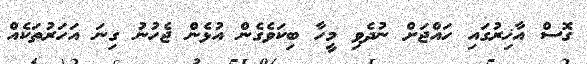
ގޮސް އާޚިރުގައި ހައްޖަށް ނުދެވި މީހާ ބިކަވެގެން އުޅެން ޖެހުނު ގިނަ އަހަރުތަކެއް